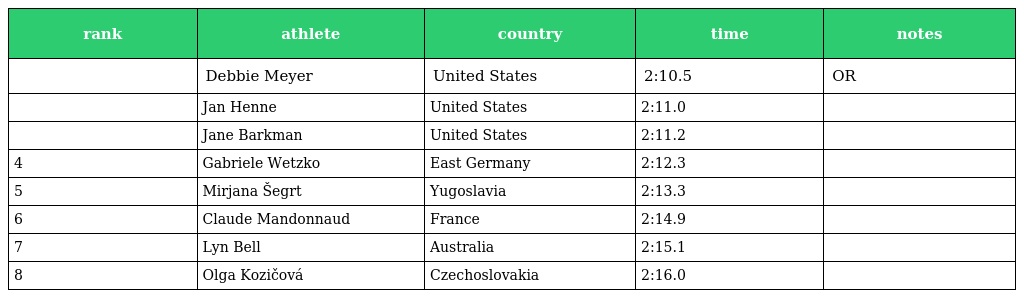
| rank | athlete | country | time | notes |
 | --- | --- | --- | --- | --- |
 |  | Debbie Meyer | United States | 2:10.5 | OR |
 |  | Jan Henne | United States | 2:11.0 |  |
 |  | Jane Barkman | United States | 2:11.2 |  |
 | 4 | Gabriele Wetzko | East Germany | 2:12.3 |  |
 | 5 | Mirjana Šegrt | Yugoslavia | 2:13.3 |  |
 | 6 | Claude Mandonnaud | France | 2:14.9 |  |
 | 7 | Lyn Bell | Australia | 2:15.1 |  |
 | 8 | Olga Kozičová | Czechoslovakia | 2:16.0 |  |